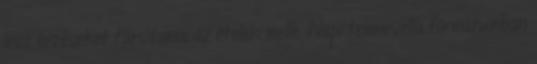
lesz érzéseket társítania az ételek mellé. Napi telenovella formátumban